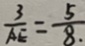
\frac { 3 } { A E } = \frac { 5 } { 8 . }